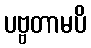
ပဗ္ဗတာမပိ